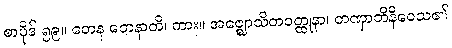
စာပိုဒ် ၅၉။ တေန တေနာတိ၊ ကား။ အဇ္ဈောသိတဝတ္ထုနာ၊ တဏှာဘိနိဝေသ၏